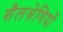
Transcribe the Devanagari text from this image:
शैलश्रेणियों